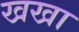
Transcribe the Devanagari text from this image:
खखा